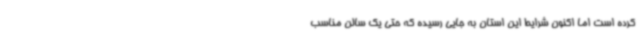
کرده است اما اکنون شرایط این استان به جایی رسیده که حتی یک سالن مناسب